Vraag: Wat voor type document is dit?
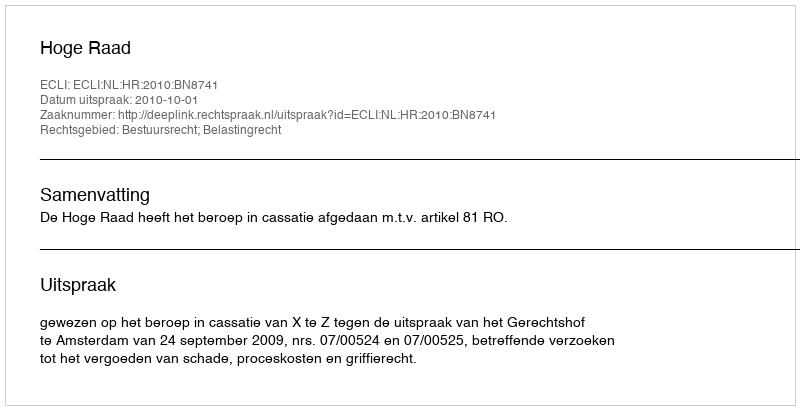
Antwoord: Uitspraak